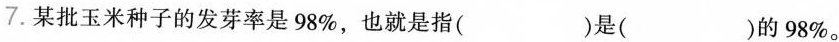
7.某批玉米种子的发芽率是98%，也就是指( )是( )的98%。